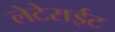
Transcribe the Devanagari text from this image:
लेटेराईट